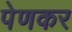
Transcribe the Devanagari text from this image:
पेणकर